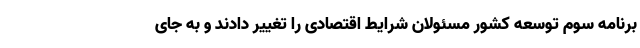
برنامه سوم توسعه کشور مسئولان شرایط اقتصادی را تغییر دادند و به جای